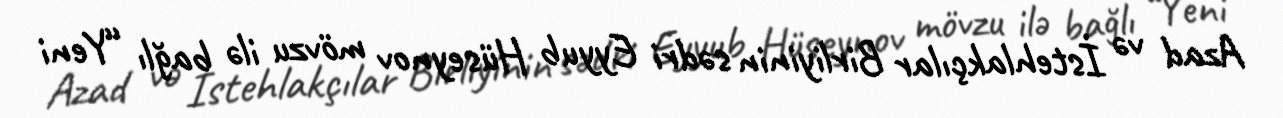
Azad və İstehlakçılar Birliyinin sədri Eyyub Hüseynov mövzu ilə bağlı “Yeni